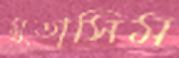
মুতাসিম